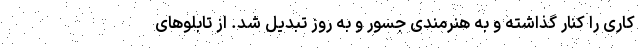
کاری را کنار گذاشته و به هنرمندی جسور و به روز تبدیل شد. از تابلو‌های